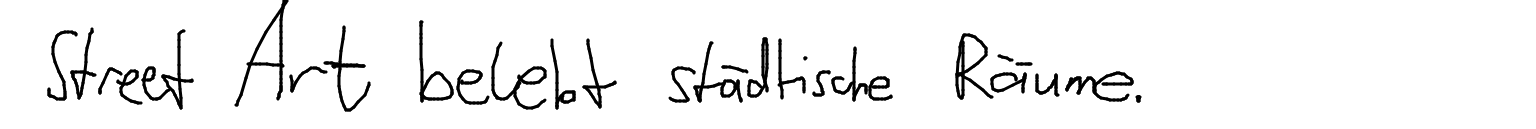
Street Art belebt städtische Räume.